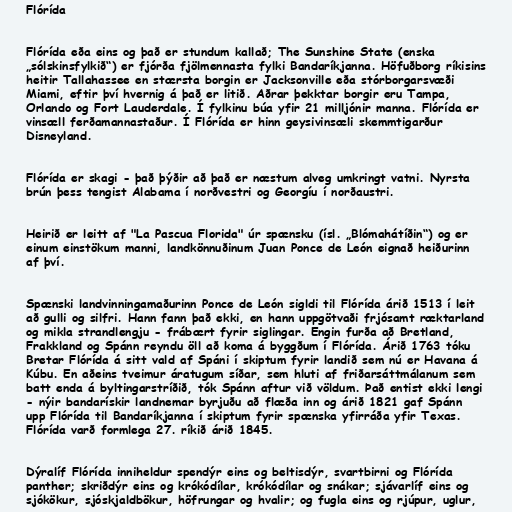
Flórída

Flórída eða eins og það er stundum kallað; The Sunshine State (enska
„sólskinsfylkið“) er fjórða fjölmennasta fylki Bandaríkjanna. Höfuðborg ríkisins
heitir Tallahassee en stærsta borgin er Jacksonville eða stórborgarsvæði
Miami, eftir því hvernig á það er litið. Aðrar þekktar borgir eru Tampa,
Orlando og Fort Lauderdale. Í fylkinu búa yfir 21 milljónir manna. Flórída er
vinsæll ferðamannastaður. Í Flórída er hinn geysivinsæli skemmtigarður
Disneyland.

Flórída er skagi - það þýðir að það er næstum alveg umkringt vatni. Nyrsta
brún þess tengist Alabama í norðvestri og Georgíu í norðaustri.

Heirið er leitt af "La Pascua Florida" úr spænsku (ísl. „Blómahátíðin“) og er
einum einstökum manni, landkönnuðinum Juan Ponce de León eignað heiðurinn
af því.

Spænski landvinningamaðurinn Ponce de León sigldi til Flórída árið 1513 í leit
að gulli og silfri. Hann fann það ekki, en hann uppgötvaði frjósamt ræktarland
og mikla strandlengju - frábært fyrir siglingar. Engin furða að Bretland,
Frakkland og Spánn reyndu öll að koma á byggðum í Flórída. Árið 1763 tóku
Bretar Flórída á sitt vald af Spáni í skiptum fyrir landið sem nú er Havana á
Kúbu. En aðeins tveimur áratugum síðar, sem hluti af friðarsáttmálanum sem
batt enda á byltingarstríðið, tók Spánn aftur við völdum. Það entist ekki lengi
- nýir bandarískir landnemar byrjuðu að flæða inn og árið 1821 gaf Spánn
upp Flórída til Bandaríkjanna í skiptum fyrir spænska yfirráða yfir Texas.
Flórída varð formlega 27. ríkið árið 1845.

Dýralíf Flórída inniheldur spendýr eins og beltisdýr, svartbirni og Flórída
panther; skriðdýr eins og krókódílar, krókódílar og snákar; sjávarlíf eins og
sjókökur, sjóskjaldbökur, höfrungar og hvalir; og fugla eins og rjúpur, uglur,